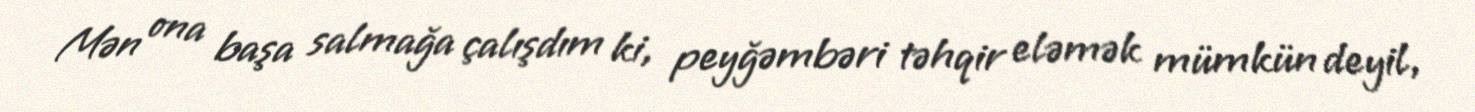
Mən ona başa salmağa çalışdım ki, peyğəmbəri təhqir eləmək mümkün deyil,